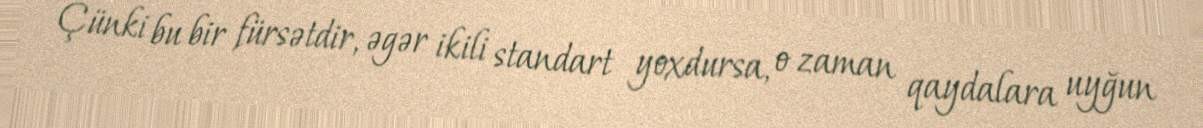
Çünki bu bir fürsətdir, əgər ikili standart yoxdursa, o zaman qaydalara uyğun